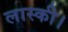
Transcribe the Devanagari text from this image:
लास्की।